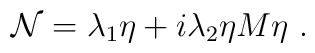
{\cal N}= \lambda_1 \eta+i\lambda_2\eta M\eta\ .